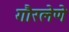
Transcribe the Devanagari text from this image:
गौरलेणे